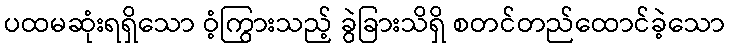
ပထမဆုံးရရှိသော ဝံ့ကြွားသည့် ခွဲခြားသိရှိ စတင်တည်ထောင်ခဲ့သော